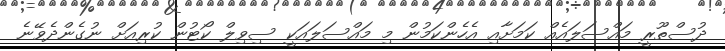
ދުސްތޫރީ މައްސަލައެއް ކަމަށާއި އެހެންކަމުން މި މައްސަލައަކީ ސިވިލް ކޯޓުން ކުރިއަށް ނުގެންދެވޭނެ